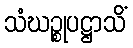
သံဃဉ္စုပဋ္ဌာသိံ